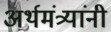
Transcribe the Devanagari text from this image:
अर्थमंत्र्यांनी